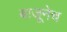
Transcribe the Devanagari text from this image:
बाजूनेच